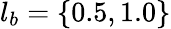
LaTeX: l_{b}=\{ 0.5,1.0\}